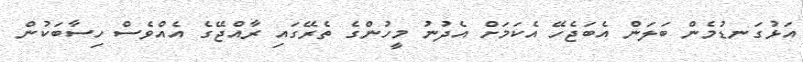
އަޅުގަނޑުމެން ބަލަން އެބަޖެހޭ އެކަމަށް އެދުނު މީހުންގެ ތެރޭގައި ރާއްޖޭގެ އެއްވެސް ހިސާބަކުން